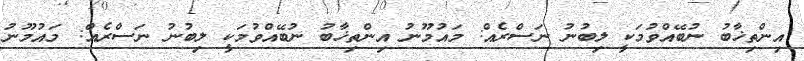
އިންތިޚާބު ނުބޭއްވުމަކީ ލިބުނު ނަސްރެއް: މައުމޫނު އިންތިޚާބު ނުބޭއްވުމަކީ ލިބުނު ނަސްރެއް: މައުމޫނު